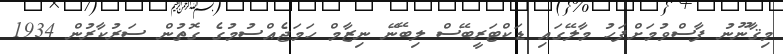
މިޤާނޫނު ފާސްވުމަށްފަހު މާލޭގައި ޑަކްޓަރީބޭސް ލިބޭނޭ ނިޒާމް ހަމަޖެއްސުމުގެ ގޮތުން ސަރުކާރުން 1934